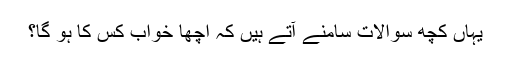
یہاں کچھ سوالات سامنے آتے ہیں کہ اچھا خواب کِس کا ہو گا؟